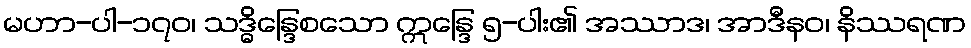
မဟာ-ပါ-၁၇၀၊ သဒ္ဓိန္ဒြေစသော ဣန္ဒြေ ၅-ပါး၏ အဿာဒ၊ အာဒီနဝ၊ နိဿရဏ